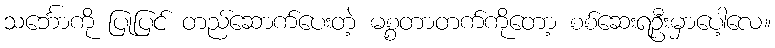
သင်္ဘောကို ပြုပြင် တည်ဆောက်ပေးတဲ့ မစ္စတာတက်ကိုတော့ စစ်ဆေးရဦးမှာပေါ့လေ။